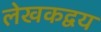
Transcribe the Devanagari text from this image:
लेखकद्वय